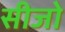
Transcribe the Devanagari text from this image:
सीजो